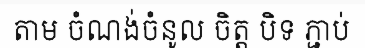
តាម ចំណង់ចំនូល ចិត្ត បិទ ភ្ជាប់